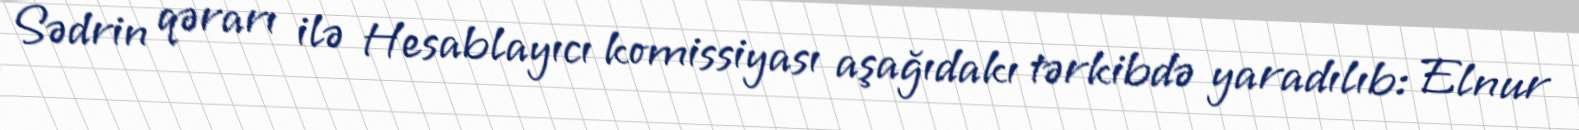
Sədrin qərarı ilə Hesablayıcı komissiyası aşağıdakı tərkibdə yaradılıb: Elnur